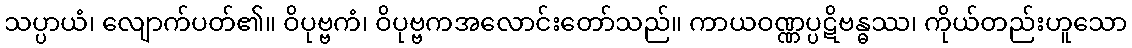
သပ္ပာယံ၊ လျောက်ပတ်၏။ ဝိပုဗ္ဗကံ၊ ဝိပုဗ္ဗကအလောင်းတော်သည်။ ကာယဝဏ္ဏပ္ပဋိဗန္ဓဿ၊ ကိုယ်တည်းဟူသော